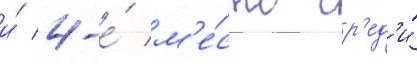
и́ 4-е́ м'е́сто ср'ед'и́